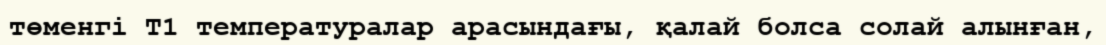
төменгі T1 температуралар арасындағы, қалай болса солай алынған,